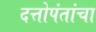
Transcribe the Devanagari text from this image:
दत्तोपंतांचा